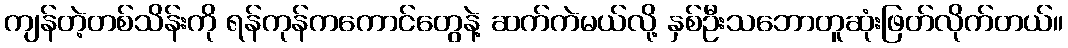
ကျန်တဲ့တစ်သိန်းကို ရန်ကုန်ကကောင်တွေနဲ့ ဆက်ကဲမယ်လို့ နှစ်ဦးသဘောတူဆုံးဖြတ်လိုက်တယ်။